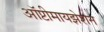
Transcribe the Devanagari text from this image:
ऑप्टीमायझेशन